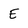
Character: E